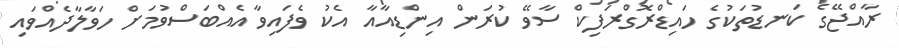
ރާއްޖޭގެ ކަނޑުތަކުގެ ހައިޑްރޮގްރަފިކް ސާވޭ ކުރަން އިންޑިއާއާ އެކު ވެފައިވާ އެއްބަސްވުމަށް ހަވާލާދެއްވައި